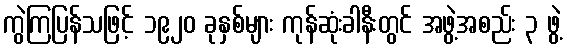
ကွဲကြပြန်သဖြင့် ၁၉၂၀ ခုနှစ်များ ကုန်ဆုံးခါနီးတွင် အဖွဲ့အစည်း ၃ ဖွဲ့